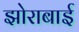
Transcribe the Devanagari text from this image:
झोराबाई